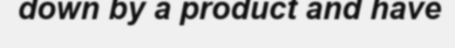
down by a product and have